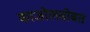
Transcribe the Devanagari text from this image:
काजोलसोबत